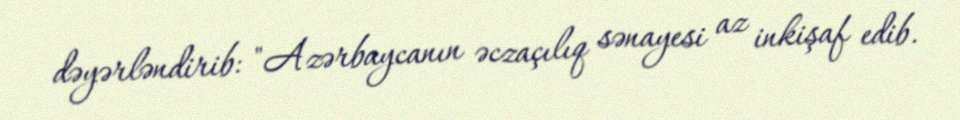
dəyərləndirib: "Azərbaycanın əczaçılıq sənayesi az inkişaf edib.